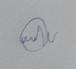
Signature authenticity: forged